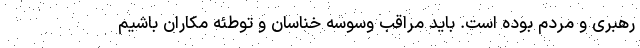
رهبری و مردم بوده است. باید مراقب وسوسه خناسان و توطئه مکاران باشیم